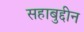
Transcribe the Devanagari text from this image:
सहाबुद्दीन